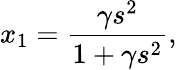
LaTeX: x_{1}=\frac{\gamma s^{2}}{1+\gamma s^{2}},